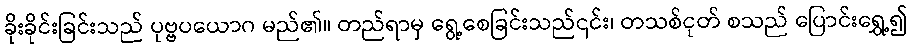
ခိုးခိုင်းခြင်းသည် ပုဗ္ဗပယောဂ မည်၏။ တည်ရာမှ ရွေ့စေခြင်းသည်၎င်း၊ တသစ်ငုတ် စသည် ပြောင်းရွှေ့၍